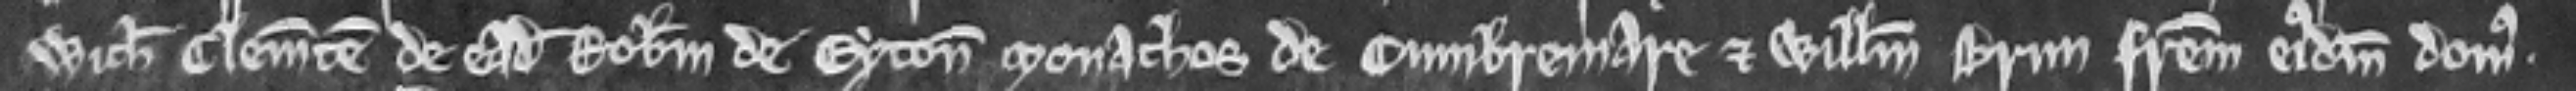
Wich Clementem de eadem Robertum de Eyton monachos de Cumbermare et Willelmum Brun fratrem ejusdem domus.